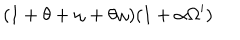
LaTeX: ( 1 + \theta + \omega + \theta \omega ) ( 1 + \alpha \Omega ^ { \prime } )